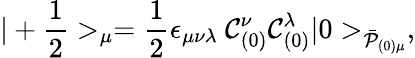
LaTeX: |+{\frac{1}{2}}>_{\mu}={\frac{1}{2}}\epsilon_{\mu\nu\lambda}~{\cal C}_{(0)}^{\nu}{\cal C}_{(0)}^{\lambda}|0>_{\bar{\cal P}_{(0)\mu}},